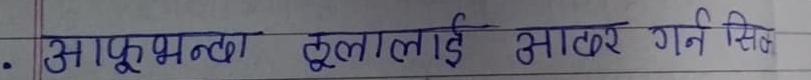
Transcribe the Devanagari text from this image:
आफू भन्दा ठूलालाई आडर गर्न सिक